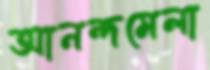
আনন্দমেলা